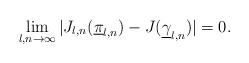
LaTeX: \begin{align*}\lim_{l,n\rightarrow\infty} |J_{l,n}(\underline{\pi}_{l,n}) - J(\underline{\gamma}_{l,n})| = 0. \end{align*}